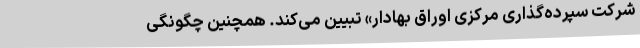
شرکت سپرده‌گذاری مرکزی اوراق بهادار» تبیین می‌کند. همچنین چگونگی